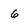
Character: 6